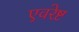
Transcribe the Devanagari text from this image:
एवरेष्ट